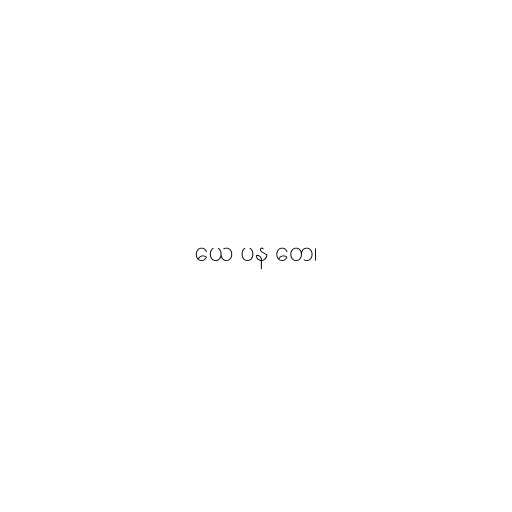
ယေ ပန တေ၊